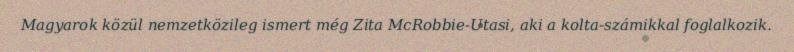
Magyarok közül nemzetközileg ismert még Zita McRobbie-Utasi, aki a kolta-számikkal foglalkozik.